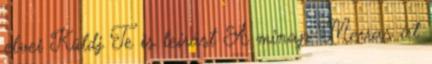
elvei Küldj Te is leírást A minap Merras írt